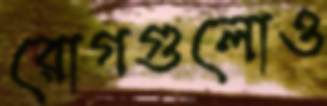
রোগগুলোও